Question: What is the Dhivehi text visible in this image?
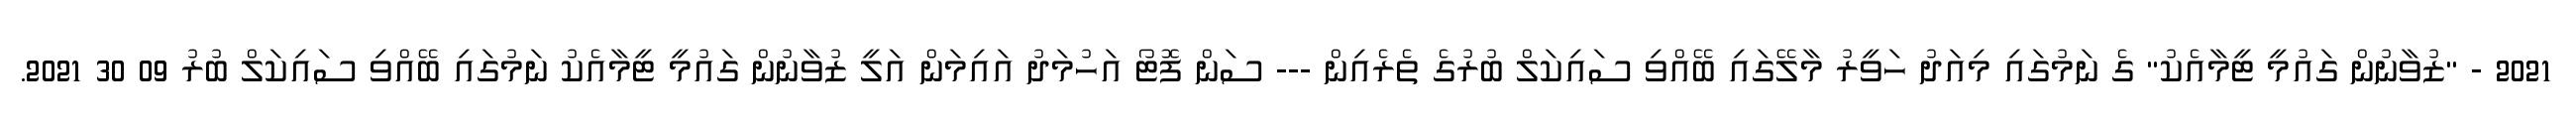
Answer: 2021 - "ޒުވާނުން ގައުމީ ޓީމާއެކު" ގެ ނަމުގައި މިއަދު ހަވީރު މާލޭގައި ބޭއްވި ސައިކަލް ބުރުގެ ތެރެއިން --- ސަން ފޮޓޯ އަހުމަދު އައިމަން އަލީ ޒުވާނުން ގައުމީ ޓީމާއެކު ނަމުގައި ބޭއްވި ސައިކަލް ބުރު 09 30 2021.